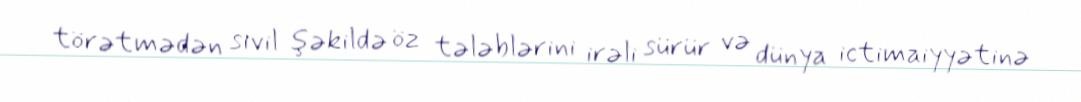
törətmədən sivil şəkildə öz tələblərini irəli sürür və dünya ictimaiyyətinə